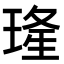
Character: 𤦶